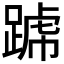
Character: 𨂶